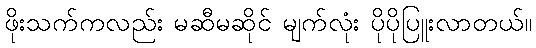
ဖိုးသက်ကလည်း မဆီမဆိုင် မျက်လုံး ပိုပိုပြူးလာတယ်။